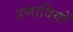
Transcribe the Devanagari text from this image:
उणादियों